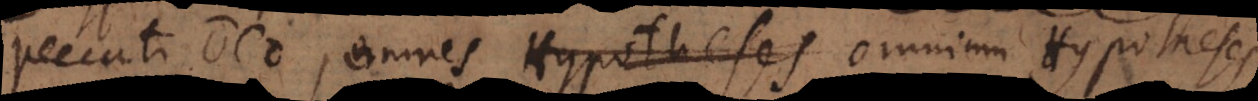
peccati Deo, omnes omnium Hypotheses